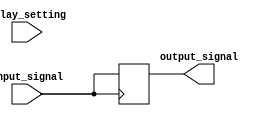
module Buffer_Delay (
    input wire input_signal,
    output reg output_signal,
    input wire [7:0] delay_setting
);

reg [7:0] delay_counter;
reg output_reg;

always @(posedge input_signal) begin
    delay_counter <= delay_setting;
    output_reg <= #delay_counter input_signal;
end

assign output_signal = output_reg;

endmodule